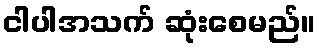
ငါပါအသက် ဆုံးစေမည်။